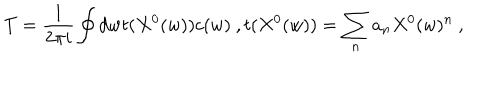
T = \frac { 1 } { 2 \pi i } \oint d w t ( X ^ { 0 } ( w ) ) c ( w ) \ , t ( X ^ { 0 } ( w ) ) = \sum _ { n } a _ { n } X ^ { 0 } ( w ) ^ { n } \ ,